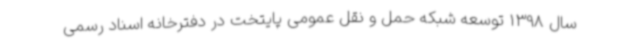
سال 1398 توسعه شبکه حمل و نقل عمومی پایتخت در دفترخانه اسناد رسمی